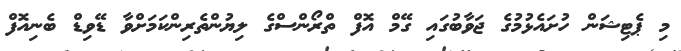
މި ޕެޓިޝަން ހުށައެޅުމުގެ ޖަވާބުގައި ގޭމް އޮފް ތްރޯންސްގެ ލިޔުންތެރިންކަމަށްވާ ޑޭވިޑް ބެނިއޮފް